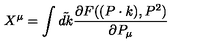
X ^ { \mu } = \int \tilde { d k } \frac { \partial F ( ( P \cdot k ) , P ^ { 2 } ) } { \partial P _ { \mu } }